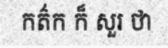
កត៌ក ក៏ សួរ ថា